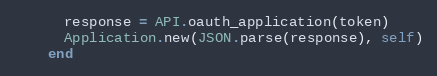
Language: Ruby
      response = API.oauth_application(token)
      Application.new(JSON.parse(response), self)
    end